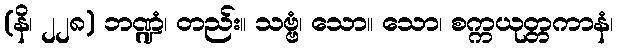
(နိ၊ ၂၂၈) ဘဏ္ဍံ၊ တည်း။ သဗ္ဗံ၊ သော။ သော၊ စက္ကယုတ္တကာနံ၊